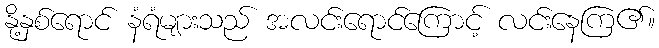
နို့နှစ်ရောင် နံရံများသည် အလင်းရောင်ကြောင့် လင်းနေကြ၏။